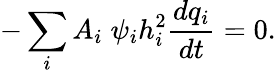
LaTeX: -\sum_{i}A_{i}\; \psi_{i}h_{i}^{2}\frac{dq_{i}}{dt}=0.